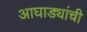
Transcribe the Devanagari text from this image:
आघाड्यांची